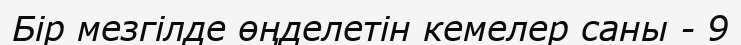
Бір мезгілде өңделетін кемелер саны - 9